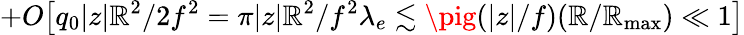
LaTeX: +O\big[q_{0}|z|\mathbb{R}^{2}/2f^{2}=\pi|z|\mathbb{R}^{2}/f^{2}\lambda_{e}\lesssim\pig(|z|/f)(\mathbb{R}/{\mathbb{R}_{\mathrm{{max}}}})\ll1\big]